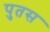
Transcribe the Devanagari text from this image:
पुतस